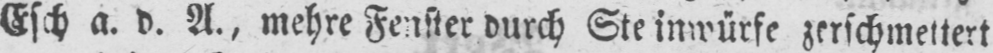
durch Steinwürfe zerschmettert